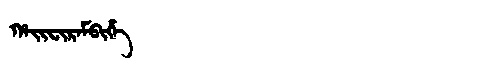
Manchu: ᡥᠠᡳᠸᡳᡵᠠᠮᠪᡳᡥᡝ
Romanization: HAIFIRAMBIHE